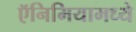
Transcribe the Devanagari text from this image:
ऍनिमियामध्ये